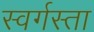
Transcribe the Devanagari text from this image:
स्वर्गस्ता